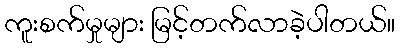
ကူးစက်မှုများ မြင့်တက်လာခဲ့ပါတယ်။